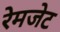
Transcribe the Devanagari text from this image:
रेमजेट